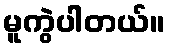
မူကွဲပါတယ်။